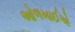
ઓળખાઈએ